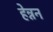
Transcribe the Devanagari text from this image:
हेन्नन